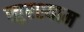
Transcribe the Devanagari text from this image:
खुरश्याम